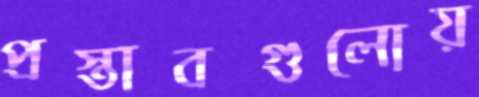
প্রস্তাবগুলোয়